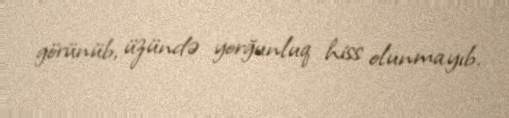
görünüb, üzündə yorğunluq hiss olunmayıb.